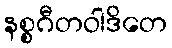
နစ္စဂီတဝါဒိတေ